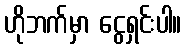
ဟိုဘက်မှာ ငွေရှင်းပါ။